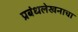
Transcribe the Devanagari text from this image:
प्रबंधलेखनाचा